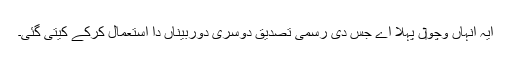
ایہ انہاں وچو‏ں پہلا اے جس دی رسمی تصدیق دوسری دوربیناں دا استعمال کرکے کيتی گئی۔